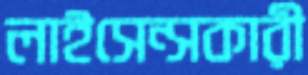
লাইসেন্সকারী